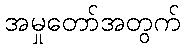
အမှုတော်အတွက်